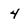
Character: 4